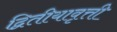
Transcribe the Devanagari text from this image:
द्वितीयावृत्ती